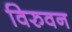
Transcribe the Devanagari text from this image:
विरुवन